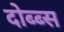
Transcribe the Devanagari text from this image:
दोब्ब्स